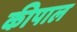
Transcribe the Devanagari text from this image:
कीपाल